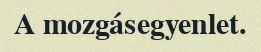
A mozgásegyenlet.